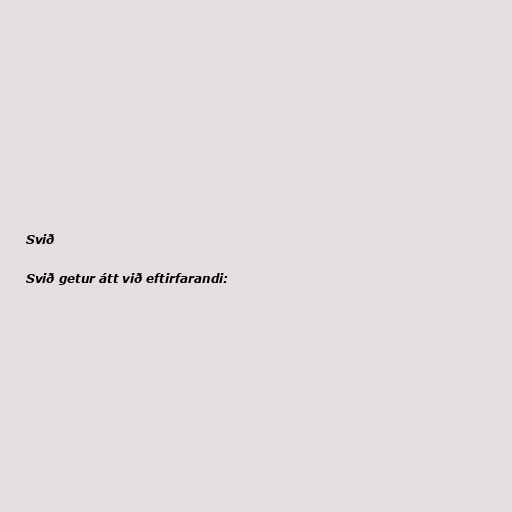
Svið

Svið getur átt við eftirfarandi: